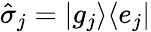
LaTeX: \hat{\sigma}_{j}=|g_{j}\rangle\langle e_{j}|